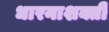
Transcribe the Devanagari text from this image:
धारनाशक्ती